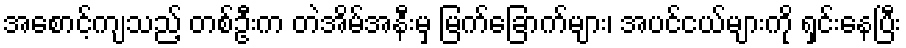
အစောင့်ကျသည့် တစ်ဦးက တဲအိမ်အနီးမှ မြက်ခြောက်များ၊ အပင်ငယ်များကို ရှင်းနေပြီး